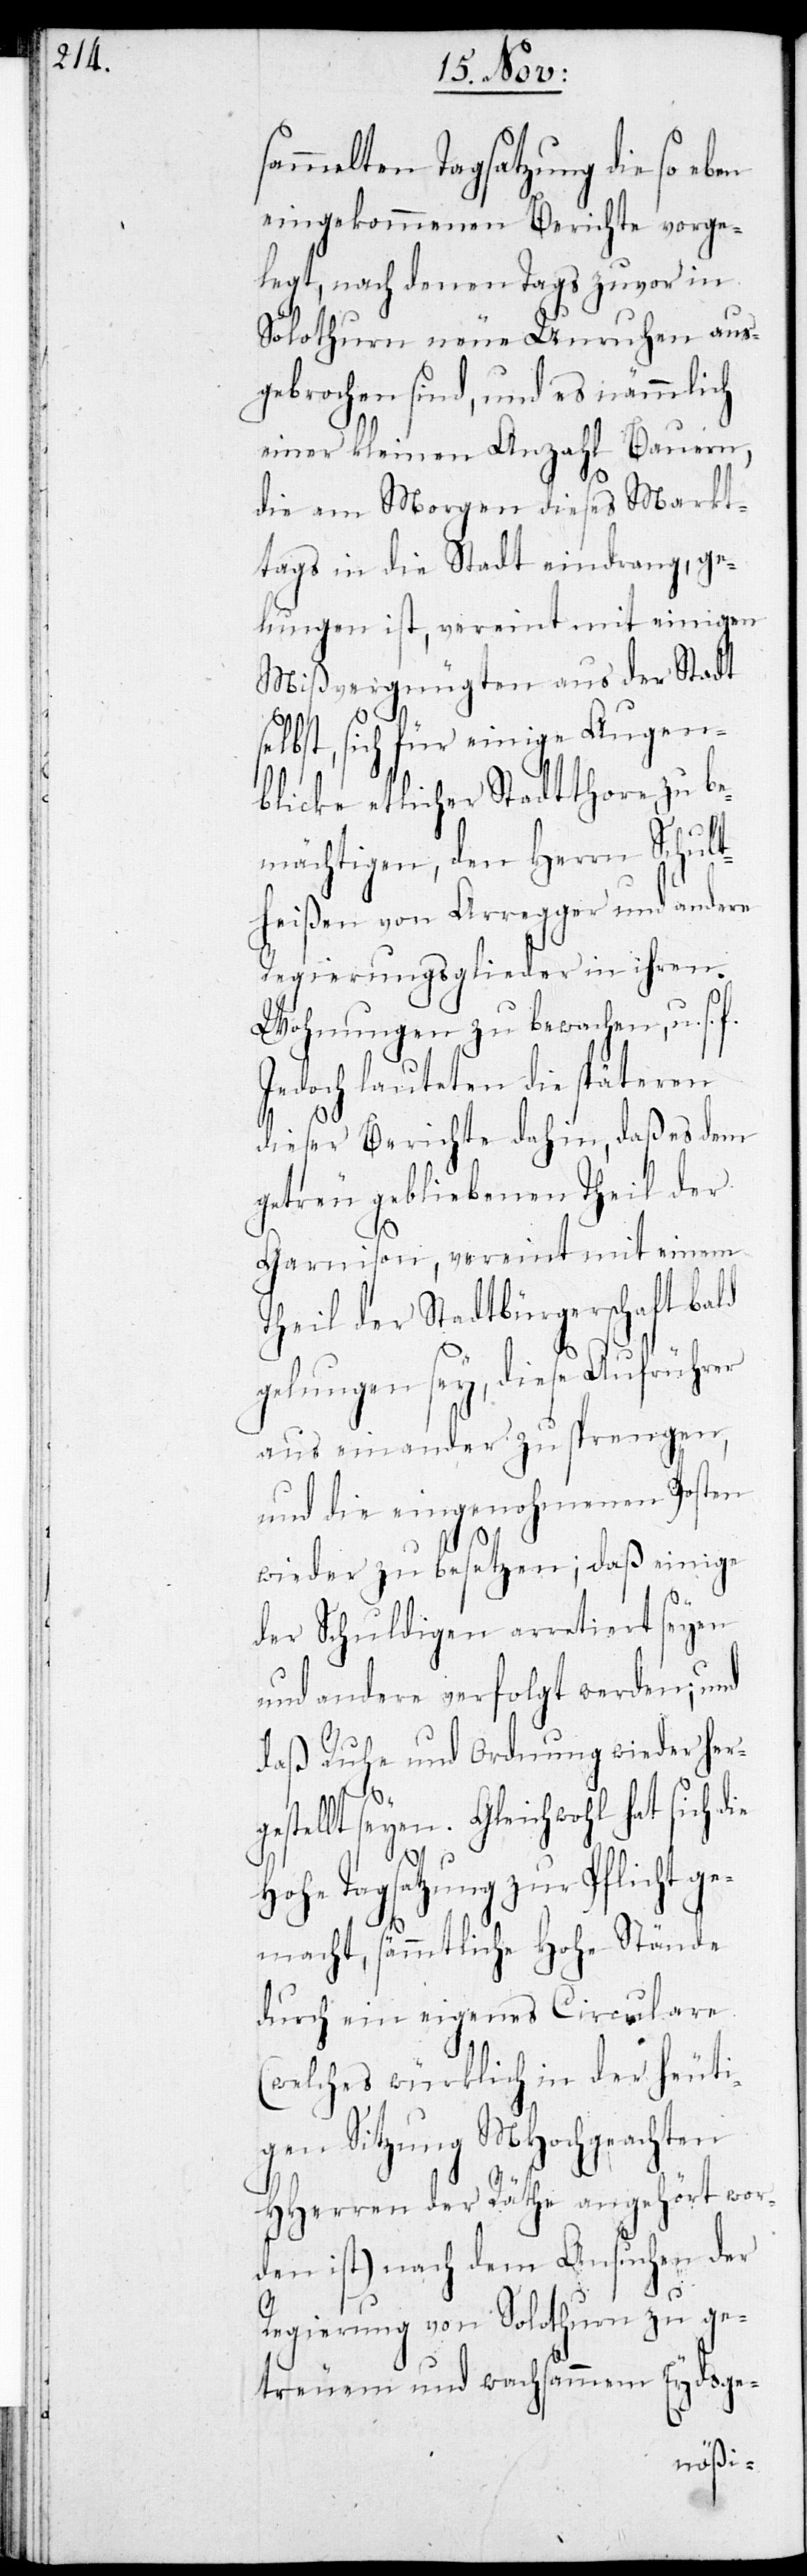
sammelten Tagsatzung die so eben
eingekommenen Berichte vorge¬
legt, nach denen Tags zuvor in
Solothurn neue Unruhen aus¬
gebrochen sind, und es nämmlich
einer kleinen Anzahl Bauern,
die am Morgen dieses Markt¬
tags in die Stadt eindrang, ge¬
lungen ist, vereint mit einigen
Mißvergnügten aus der Stadt
selbst, sich für einige Augen¬
blicke etlicher Stadtthorn zu be¬
mächtigen, den Herrn Schult¬
heißen von Arregger und andere
Regierungsglieder in ihren
Wohnungen zu bewachen, u. s.
Jedoch lauteten die späteren
dieser Berichte dahin, daß es dem
getreu gebliebenen Theil der
Garnision, vereint mit einem
Theil der Stadtbürgerschaft bald
gelungen sey, diese Aufrührer
auseinander zu sprengen,
und die eingenohmenen Posten
wieder zu besetzen; daß einige
der Schuldigen arretiert seyen
und andere verfolgt werden; und
daß Ruhe und Ordnung wiederherg¬
estellt seyen. Gleichwohl hat sich
Hohe Tagsatzung zur Pflicht ge¬
macht, sämmtliche Hohe Stände
durch ein eigenes Circulare
(welches würklich in der heuti¬
gen Sitzung MHochgeachten
HHerren der Räthe angehört wor¬
den ist) nach dem Ansuchen der
Regierung von Solothurn zu ge¬
treuem und wachsammen Eydsge-